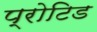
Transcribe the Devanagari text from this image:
प्रोटिड